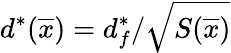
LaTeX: d^{\ast}(\overline{{x}})=d_{f}^{\ast}/\sqrt{S(\overline{{x}})}